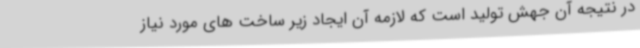
در نتیجه آن جهش تولید است که لازمه آن ایجاد زیر ساخت های مورد نیاز